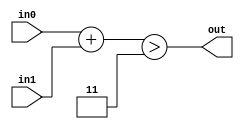
module OVERFLOW_ADD(input[1:0] in0, input[1:0] in1, output out);
	wire[3:0] aux;
	
	assign aux = in0 + in1;
	assign out = (aux > 3);
endmodule